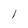
Character: l